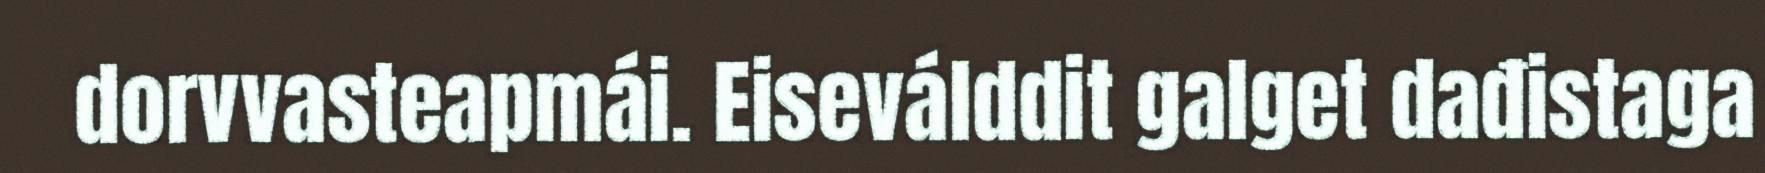
dorvvasteapmái. Eiseválddit galget dađistaga